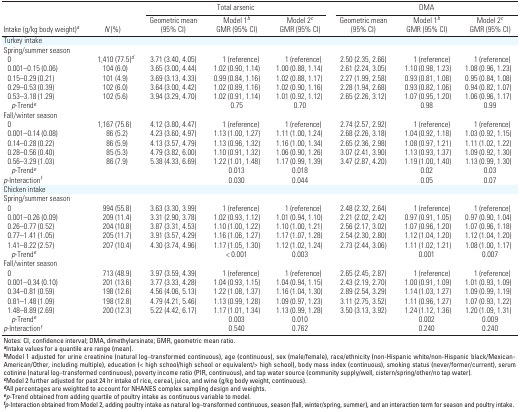
<table><thead><tr><td rowspan="2"><b>Intake (g/kg body weight)<sup><i>a</i></sup></b></td><td rowspan="2"><b><i>N</i> (%)</b></td><td colspan="3"><b>Total arsenic</b></td><td colspan="3"><b>DMA</b></td></tr><tr><td><b>Geometric mean (95% CI)</b></td><td><b>Model 1<sup><i>b</i></sup> GMR (95% CI)</b></td><td><b>Model 2<sup><i>c</i></sup> GMR (95% CI)</b></td><td><b>Geometric mean (95% CI)</b></td><td><b>Model 1<sup><i>b</i></sup> GMR (95% CI)</b></td><td><b>Model 2<sup><i>c</i></sup>GMR (95% CI)</b></td></tr></thead><tbody><tr><td><b>Turkey intake</b></td></tr><tr><td><b>Spring/summer season</b></td></tr><tr><td><b>0</b></td><td>1,410 (77.5)<sup><i>d</i></sup></td><td>3.71 (3.40, 4.05)</td><td>1 (reference)</td><td>1 (reference)</td><td>2.50 (2.35, 2.66)</td><td>1 (reference)</td><td>1 (reference)</td></tr><tr><td><b>0.001–0.15 (0.06)</b></td><td>104 (6.0)</td><td>3.65 (3.00, 4.44)</td><td>1.02 (0.90, 1.14)</td><td>1.00 (0.88, 1.14)</td><td>2.61 (2.24, 3.05)</td><td>1.10 (0.98, 1.23)</td><td>1.08 (0.96, 1.23)</td></tr><tr><td><b>0.15–0.29 (0.21)</b></td><td>101 (4.9)</td><td>3.69 (3.13, 4.33)</td><td>0.99 (0.84, 1.16)</td><td>1.02 (0.88, 1.17)</td><td>2.27 (1.99, 2.58)</td><td>0.93 (0.81, 1.08)</td><td>0.95 (0.84, 1.08)</td></tr><tr><td><b>0.29–0.53 (0.39)</b></td><td>102 (6.0)</td><td>3.64 (3.00, 4.42)</td><td>1.02 (0.89, 1.16)</td><td>1.02 (0.90, 1.16)</td><td>2.28 (1.94, 2.68)</td><td>0.93 (0.82, 1.06)</td><td>0.94 (0.82, 1.07)</td></tr><tr><td><b>0.53–3.18 (1.29)</b></td><td>102 (5.6)</td><td>3.94 (3.29, 4.70)</td><td>1.02 (0.91, 1.14)</td><td>1.01 (0.92, 1.12)</td><td>2.65 (2.26, 3.12)</td><td>1.07 (0.95, 1.20)</td><td>1.06 (0.96, 1.17)</td></tr><tr><td><b><i>p</i>-Trend<sup><i>e</i></sup></b></td><td></td><td></td><td>0.75</td><td>0.70</td><td></td><td>0.98</td><td>0.99</td></tr><tr><td><b>Fall/winter season</b></td></tr><tr><td><b>0</b></td><td>1,167 (75.6)</td><td>4.12 (3.80, 4.47)</td><td>1 (reference)</td><td>1 (reference)</td><td>2.74 (2.57, 2.92)</td><td>1 (reference)</td><td>1 (reference)</td></tr><tr><td><b>0.001–0.14 (0.08)</b></td><td>86 (5.2)</td><td>4.23 (3.60, 4.97)</td><td>1.13 (1.00, 1.27)</td><td>1.11 (1.00, 1.24)</td><td>2.68 (2.26, 3.18)</td><td>1.04 (0.92, 1.18)</td><td>1.03 (0.92, 1.15)</td></tr><tr><td><b>0.14–0.28 (0.22)</b></td><td>86 (5.9)</td><td>4.13 (3.57, 4.79)</td><td>1.13 (0.96, 1.32)</td><td>1.16 (1.00, 1.34)</td><td>2.65 (2.36, 2.98)</td><td>1.08 (0.97, 1.21)</td><td>1.11 (1.02, 1.22)</td></tr><tr><td><b>0.28–0.56 (0.40)</b></td><td>85 (5.3)</td><td>4.79 (3.82, 6.00)</td><td>1.10 (0.91, 1.32)</td><td>1.06 (0.90, 1.26)</td><td>3.07 (2.41, 3.90)</td><td>1.13 (0.93, 1.37)</td><td>1.09 (0.92, 1.30)</td></tr><tr><td><b>0.56–3.29 (1.03)</b></td><td>86 (7.9)</td><td>5.38 (4.33, 6.69)</td><td>1.22 (1.01, 1.48)</td><td>1.17 (0.99, 1.39)</td><td>3.47 (2.87, 4.20)</td><td>1.19 (1.00, 1.40)</td><td>1.13 (0.99, 1.30)</td></tr><tr><td><b><i>p</i>-Trend<sup><i>e</i></sup></b></td><td></td><td></td><td>0.013</td><td>0.018</td><td></td><td>0.02</td><td>0.03</td></tr><tr><td><b><i>p</i>-Interaction<sup><i>f</i></sup></b></td><td></td><td></td><td>0.030</td><td>0.044</td><td></td><td>0.05</td><td>0.07</td></tr><tr><td><b>Chicken intake</b></td></tr><tr><td><b>Spring/summer season</b></td></tr><tr><td><b>0</b></td><td>994 (55.8)</td><td>3.63 (3.30, 3.99)</td><td>1 (reference)</td><td>1 (reference)</td><td>2.48 (2.32, 2.64)</td><td>1 (reference)</td><td>1 (reference)</td></tr><tr><td><b>0.001–0.26 (0.09)</b></td><td>209 (11.4)</td><td>3.31 (2.90, 3.78)</td><td>1.02 (0.93, 1.12)</td><td>1.01 (0.94, 1.10)</td><td>2.21 (2.02, 2.42)</td><td>0.97 (0.91, 1.05)</td><td>0.97 (0.90, 1.04)</td></tr><tr><td><b>0.26–0.77 (0.52)</b></td><td>204 (10.8)</td><td>3.87 (3.31, 4.53)</td><td>1.10 (1.00, 1.22)</td><td>1.10 (1.00, 1.21)</td><td>2.56 (2.17, 3.02)</td><td>1.07 (0.96, 1.20)</td><td>1.07 (0.96, 1.18)</td></tr><tr><td><b>0.77–1.41 (1.05)</b></td><td>205 (11.7)</td><td>3.91 (3.57, 4.29)</td><td>1.16 (1.06, 1.27)</td><td>1.17 (1.07, 1.28)</td><td>2.54 (2.30, 2.80)</td><td>1.12 (1.04, 1.20)</td><td>1.12 (1.04, 1.20)</td></tr><tr><td><b>1.41–8.22 (2.57)</b></td><td>207 (10.4)</td><td>4.30 (3.74, 4.96)</td><td>1.17 (1.05, 1.30)</td><td>1.12 (1.02, 1.24)</td><td>2.73 (2.44, 3.06)</td><td>1.11 (1.02, 1.21)</td><td>1.08 (1.00, 1.17)</td></tr><tr><td><b><i>p</i>-Trend<sup><i>e</i></sup></b></td><td></td><td></td><td>&lt; 0.001</td><td>0.003</td><td></td><td>0.001</td><td>0.007</td></tr><tr><td><b>Fall/winter season</b></td></tr><tr><td><b>0</b></td><td>713 (48.9)</td><td>3.97 (3.59, 4.39)</td><td>1 (reference)</td><td>1 (reference)</td><td>2.65 (2.45, 2.87)</td><td>1 (reference)</td><td>1 (reference)</td></tr><tr><td><b>0.001–0.34 (0.10)</b></td><td>201 (13.6)</td><td>3.77 (3.33, 4.28)</td><td>1.04 (0.93, 1.15)</td><td>1.04 (0.94, 1.15)</td><td>2.43 (2.19, 2.70)</td><td>1.00 (0.91, 1.09)</td><td>1.01 (0.93, 1.09)</td></tr><tr><td><b>0.34–0.81 (0.59)</b></td><td>198 (12.6)</td><td>4.56 (4.06, 5.13)</td><td>1.22 (1.08, 1.37)</td><td>1.16 (1.04, 1.30)</td><td>2.89 (2.54, 3.29)</td><td>1.14 (1.03, 1.27)</td><td>1.09 (0.99, 1.19)</td></tr><tr><td><b>0.81–1.48 (1.09)</b></td><td>198 (12.8)</td><td>4.79 (4.21, 5.46)</td><td>1.13 (0.99, 1.28)</td><td>1.09 (0.97, 1.23)</td><td>3.11 (2.75, 3.52)</td><td>1.11 (0.96, 1.27)</td><td>1.07 (0.93, 1.22)</td></tr><tr><td><b>1.48–8.89 (2.69)</b></td><td>200 (12.3)</td><td>5.22 (4.42, 6.17)</td><td>1.17 (1.01, 1.34)</td><td>1.13 (0.99, 1.28)</td><td>3.50 (3.13, 3.92)</td><td>1.24 (1.12, 1.36)</td><td>1.20 (1.09, 1.31)</td></tr><tr><td><b><i>p</i>-Trend<sup><i>e</i></sup></b></td><td></td><td></td><td>0.003</td><td>0.010</td><td></td><td>0.002</td><td>0.009</td></tr><tr><td><b><i>p</i>-Interaction<sup><i>f</i></sup></b></td><td></td><td></td><td>0.540</td><td>0.762</td><td></td><td>0.240</td><td>0.240</td></tr><tr><td colspan="8">Notes: CI, confidence interval; DMA, dimethylarsinate; GMR, geometric mean ratio. <sup><i><b>a</b></i></sup>Intake values for a quantile are range (mean). <sup><i><b>b</b></i></sup>Model 1 adjusted for urine creatinine (natural log–transformed continuous), age (continuous), sex (male/female), race/ethnicity (non-Hispanic white/non-Hispanic black/Mexican-American/Other, including multiple), education (&lt; high school/high school or equivalent/&gt; high school), body mass index (continuous), smoking status (never/former/current), serum cotinine (natural log–transformed continuous), poverty income ratio (PIR, continuous), and tap water source (community supply/well, cistern/spring/other/no tap water). <sup><i><b>c</b></i></sup>Model 2 further adjusted for past 24 hr intake of rice, cereal, juice, and wine (g/kg body weight, continuous). <sup><i><b>d</b></i></sup>All percentages are weighted to account for NHANES complex sampling design and weights. <sup><i><b>e</b></i></sup><i>p</i>-Trend obtained from adding quartile of poultry intake as continuous variable to model. <sup><i><b>f</b></i></sup><i>p</i>-Interaction obtained from Model 2, adding poultry intake as natural log–transformed continuous, season (fall, winter/spring, summer), and an interaction term for season and poultry intake.</td></tr></tbody></table>